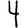
Digit: 4